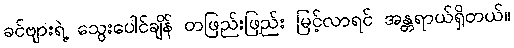
ခင်ဗျားရဲ့ သွေးပေါင်ချိန် တဖြည်းဖြည်း မြင့်လာရင် အန္တရာယ်ရှိတယ်။